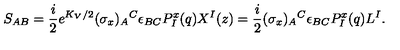
S _ { A B } = { \frac { i } { 2 } } e ^ { K _ { V } / 2 } ( \sigma _ { x } ) _ { A } { } ^ { C } \epsilon _ { B C } P _ { I } ^ { x } ( q ) X ^ { I } ( z ) = { \frac { i } { 2 } } ( \sigma _ { x } ) _ { A } { } ^ { C } \epsilon _ { B C } P _ { I } ^ { x } ( q ) L ^ { I } .